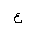
Letter: _ayn